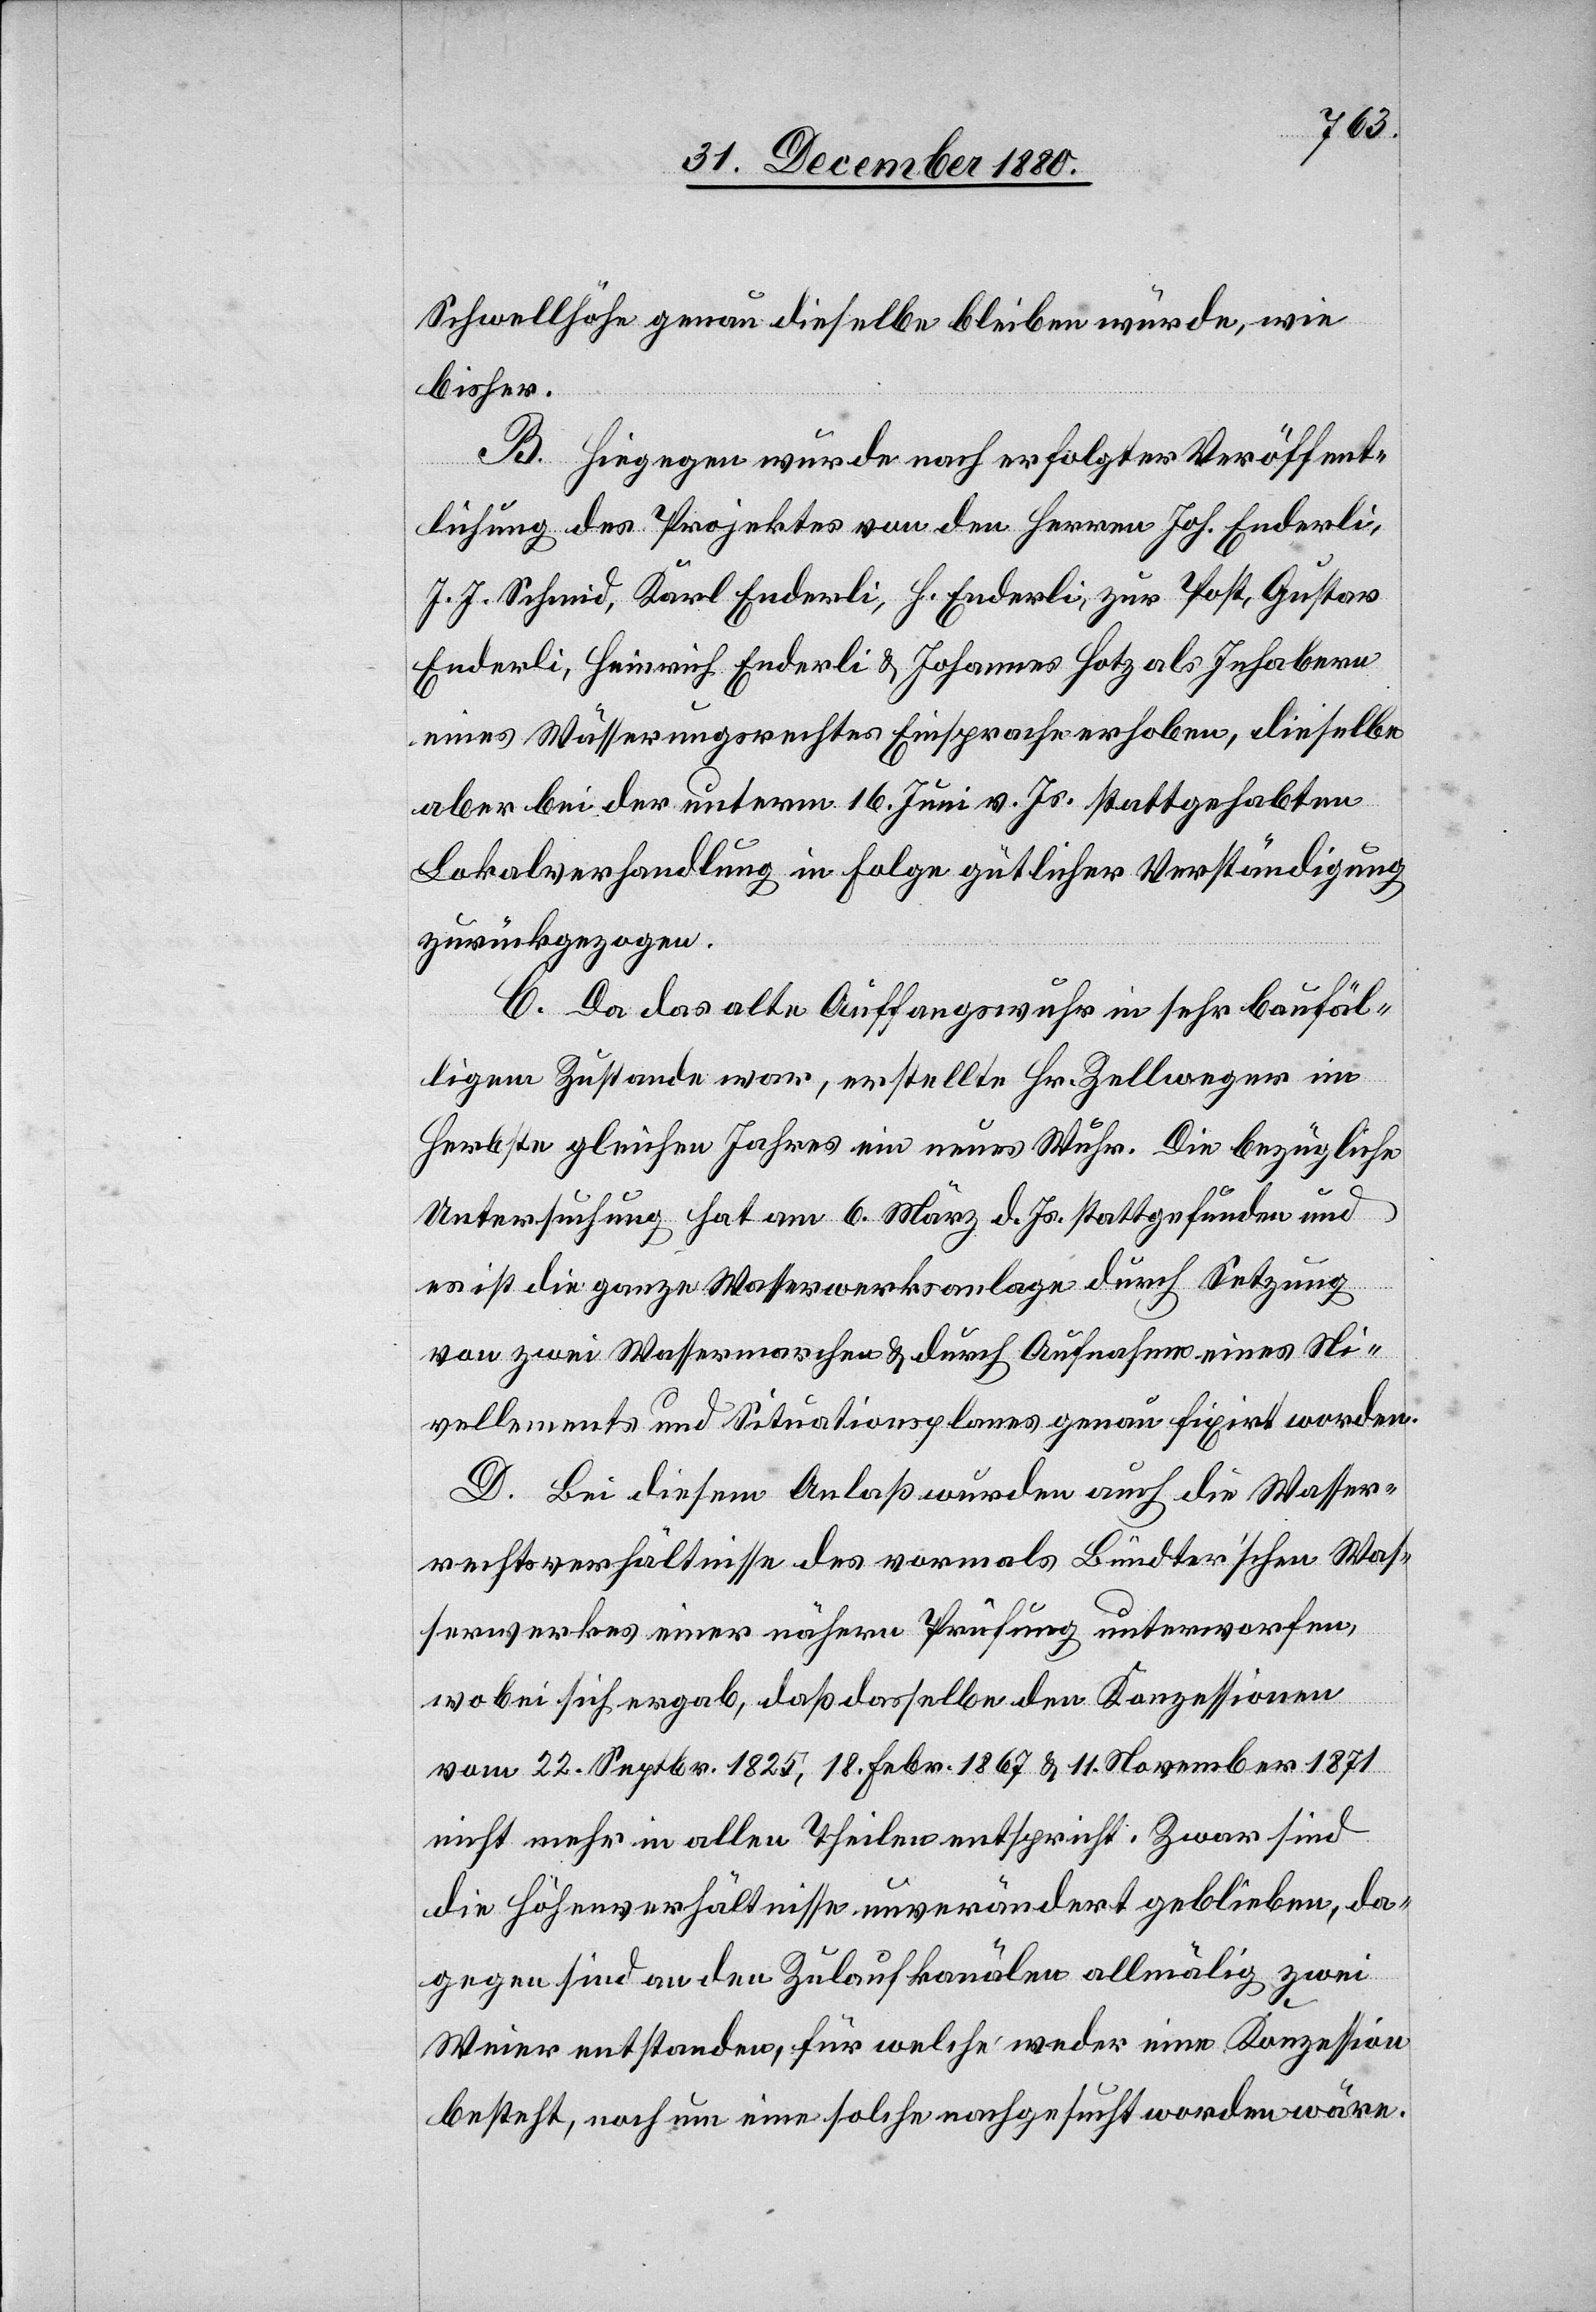
Schwellsohle genau dieselbe bleiben würde, wie
bisher.
B. Hiegegen wurde nach erfolgter Veröffent¬
lichung des Projektes von den Herren Joh. Enderli,
J. J. Schmid, Karl Enderli, H. Enderli, zur Post, Gustav
Enderli, Heinrich Enderli & Johannes Hotz als Inhabern
eines Wässerungsrechtes Einsprache erhoben, dieselbe
aber bei der unterm 16. Juni v. Js. stattgehabten
Lokalverhandlung in Folge gütlicher Verständigung
zurückgezogen.
C. Da das alte Auffangswuhr in sehr baufäl¬
ligem Zustande war, erstellte Hr. Zellweger im
Herbste gleichen Jahres ein neues Wuhr. Die bezügliche
Untersuchung hat am 6. März d. Js. stattgefunden und
es ist die ganze Wasserwerksanlage durch Setzung
von zwei Wassermarken & durch Aufnahme eines Ni¬
vellements und Situationsplanes genau fixirt worden.
D. Bei diesem Anlaß wurden auch die Wasser¬
rechtsverhältnisse des vormals Bündter’schen Was¬
serwerkes einer nähern Prüfung unterworfen,
wobei sich ergab, daß dasselbe den Konzessionen
vom 22. Septbr. 1825, 18. Febr. 1867 & 11. November 1871
nicht mehr in allen Theilen entspricht. Zwar sind
die Höhenverhältnisse unverändert geblieben, da¬
gegen sind an den Zulaufkanälen allmälig zwei
Weier entstanden, für welche weder eine Konzession
besteht, noch um eine solche nachgesucht worden wäre.